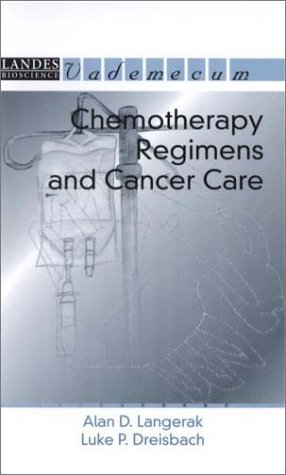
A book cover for Chemotherapy Regimens and Cancer Care (Vademecum); Alan D. Langerak; Medical Books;